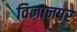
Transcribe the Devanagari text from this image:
विज्ञानपर